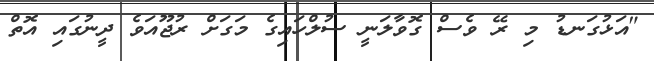
"އަޅުގަނޑު މި ރޭ ވެސް ގޮވާލަނީ ސުލްހައިގެ މަގަށް ރުޖޫއަވެ ދީނުގައި އޮތް